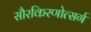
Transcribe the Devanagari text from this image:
सौरकिरणोत्सर्ग